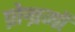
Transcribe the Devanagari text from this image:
प्रोग्रमों